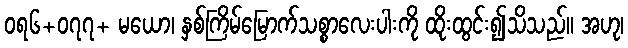
ဝရ၆+၀၇၇+ မယော၊ နှစ်ကြိမ်မြောက်သစ္စာလေးပါးကို ထိုးထွင်း၍သိသည်။ အဟု၊